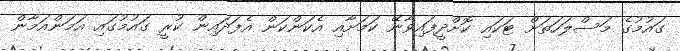
ގައުމުގެ މަސްލަހަތަށް ޓަކައި ކޮށްދީފައިވާނޭ ކަމަށާއި އެކަންކަން އެފަދައިން ކުރީ ގައުމުގައި އަމަންއަމާން